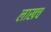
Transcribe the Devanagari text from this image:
लाखच